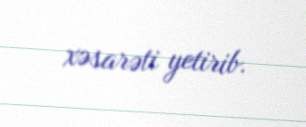
xəsarəti yetirib.